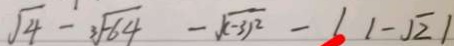
\sqrt { 4 } - \sqrt [ 3 ] { - 6 4 } - \sqrt { ( - 3 ) ^ { 2 } } - 1 \vert - \sqrt { 2 } \vert